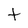
Character: t